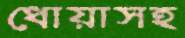
ধোয়াসহ